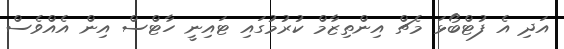
އަދި އެ ފުޓްބޯޅަ މެޗް އިންތިޒާމް ކުރުމުގައި ޓައިނީ ހާޓްސް އިން އެއްވެސް